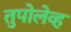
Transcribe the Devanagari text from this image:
तुपोलेव्ह